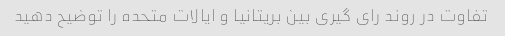
تفاوت در روند رای گیری بین بریتانیا و ایالات متحده را توضیح دهید